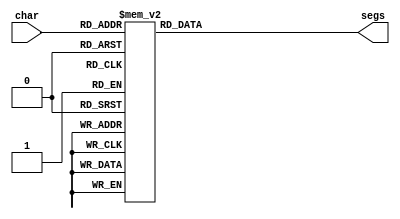
/*
   This file was generated automatically by the Mojo IDE version B1.3.6.
   Do not edit this file directly. Instead edit the original Lucid source.
   This is a temporary file and any changes made to it will be destroyed.
*/

module seven_seg_25 (
    input [4:0] char,
    output reg [7:0] segs
  );
  
  
  
  always @* begin
    
    case (char)
      1'h0: begin
        segs = 8'hbf;
      end
      1'h1: begin
        segs = 8'h06;
      end
      2'h2: begin
        segs = 8'hdb;
      end
      2'h3: begin
        segs = 8'h4f;
      end
      3'h4: begin
        segs = 8'h66;
      end
      3'h5: begin
        segs = 8'h6d;
      end
      3'h6: begin
        segs = 8'hfd;
      end
      3'h7: begin
        segs = 8'h07;
      end
      4'h8: begin
        segs = 8'hff;
      end
      4'h9: begin
        segs = 8'h67;
      end
      4'ha: begin
        segs = 8'hf7;
      end
      4'hb: begin
        segs = 8'hfc;
      end
      4'hc: begin
        segs = 8'hb9;
      end
      4'hd: begin
        segs = 8'hde;
      end
      4'he: begin
        segs = 8'hf9;
      end
      4'hf: begin
        segs = 8'hf1;
      end
      5'h10: begin
        segs = 8'hf6;
      end
      5'h11: begin
        segs = 8'hb8;
      end
      5'h12: begin
        segs = 8'hb7;
      end
      5'h13: begin
        segs = 8'hf3;
      end
      5'h14: begin
        segs = 8'hd0;
      end
      5'h15: begin
        segs = 8'hed;
      end
      5'h16: begin
        segs = 8'hbe;
      end
      5'h17: begin
        segs = 8'h00;
      end
      default: begin
        segs = 8'h00;
      end
    endcase
  end
endmodule